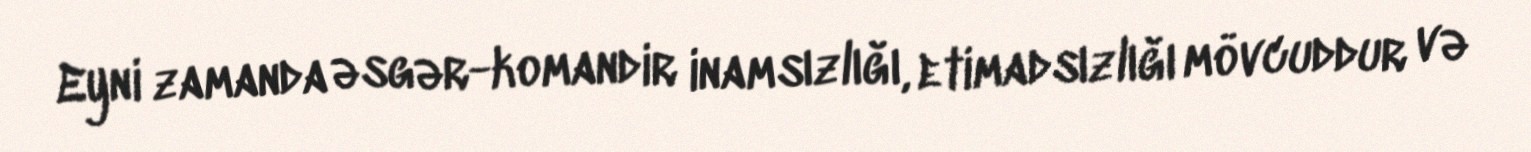
Eyni zamanda əsgər-komandir inamsızlığı, etimadsızlığı mövcuddur və